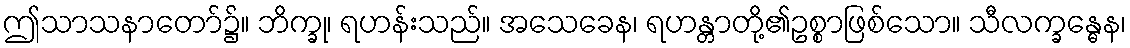
ဤသာသနာတော်၌။ ဘိက္ခု၊ ရဟန်းသည်။ အသေခေန၊ ရဟန္တာတို့၏ဥစ္စာဖြစ်သော။ သီလက္ခန္ဓေန၊